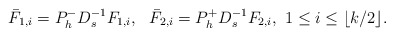
\begin{align*} \bar{F}_{1,i}=P_h^{-}D_s^{-1}F_{1,i},\ \ \bar{F}_{2,i}=P_h^{+}D_s^{-1}F_{2,i},\ 1\le i \le \lfloor k/2 \rfloor.\end{align*}